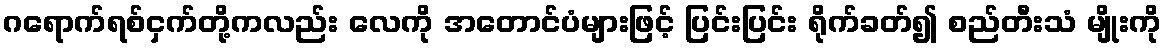
ဂရောက်ရစ်ငှက်တို့ကလည်း လေကို အတောင်ပံများဖြင့် ပြင်းပြင်း ရိုက်ခတ်၍ စည်တီးသံ မျိုးကို